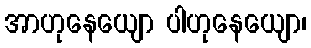
အာဟုနေယျော ပါဟုနေယျော၊